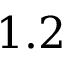
1 . 2